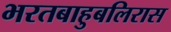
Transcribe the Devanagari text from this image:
भरतबाहुबलिरास